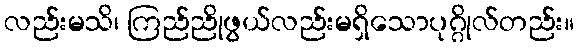
လည်းမသိ၊ ကြည်ညိုဖွယ်လည်းမရှိသောပုဂ္ဂိုလ်တည်း။